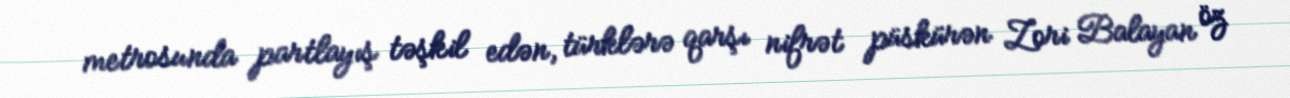
metrosunda partlayış təşkil edən, türklərə qarşı nifrət püskürən Zori Balayan öz